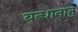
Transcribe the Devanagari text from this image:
बन्धानात्